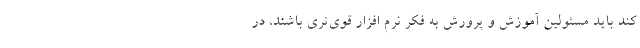
کند باید مسئولین آموزش و پرورش به فکر نرم افزار قوی‌تری باشند، در